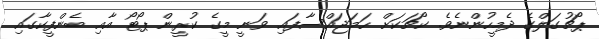
ޕޯޗުގަލްގެ ދެމީހުންނެވެ. ކޯޗަކަށް ހަމަޖައްސާފައި ވަނީ މީގެ ކުރީން ޕޯޓޯ އާއި ބެންފީކާގައި